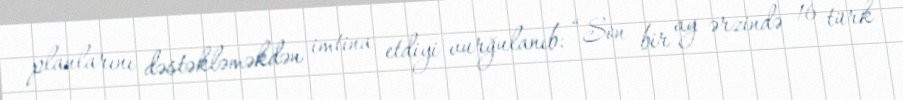
planlarını dəstəkləməkdən imtina etdiyi vurğulanıb: “Son bir ay ərzində 16 türk